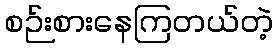
စဉ်းစားနေကြတယ်တဲ့